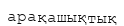
арақашықтық